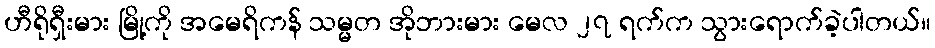
ဟီရိုရှီးမား မြို့ကို အမေရိကန် သမ္မတ အိုဘားမား မေလ ၂၇ ရက်က သွားရောက်ခဲ့ပါတယ်။